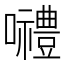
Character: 𡅏